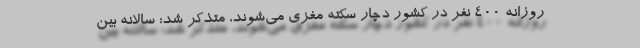
روزانه ۴۰۰ نفر در کشور دچار سکته مغزی می‌شوند، متذکر شد: سالانه بین